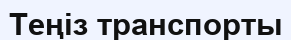
Теңіз транспорты